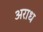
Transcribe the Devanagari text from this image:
अराध